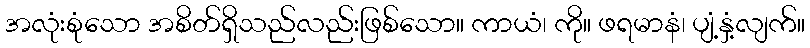
အလုံးစုံသော အစိတ်ရှိသည်လည်းဖြစ်သော။ ကာယံ၊ ကို။ ဖရမာနံ၊ ပျံ့နှံ့လျက်။